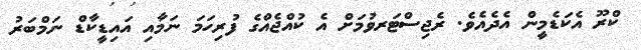
ކްރޫ އެކަޑެމީން އެދެެއެވެ. ރެޖިސްޓަރވުމަށް އެ ކުއްޖެއްގެ ފުރިހަމަ ނަމާއި އައިޑީކާޑް ނަމްބަރު